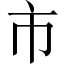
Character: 市